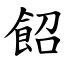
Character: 䬰